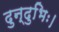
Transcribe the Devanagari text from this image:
दुन्दुभिः।